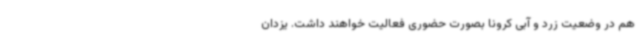
هم در وضعیت زرد و آبی کرونا بصورت حضوری فعالیت خواهند داشت. یزدان